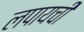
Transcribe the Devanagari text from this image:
लपायची